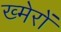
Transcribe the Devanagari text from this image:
ख्मेरों